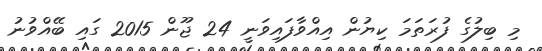
މި ބިލުގެ ފުރަތަމަ ކިޔުން އިއްވާފައިވަނީ 24 ޖޫން 2015 ގައި ބޭއްވުނު